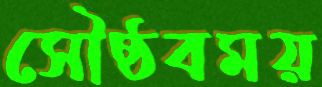
সৌষ্ঠবময়